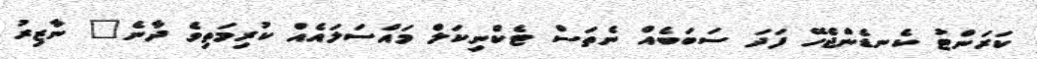
ކަރަންޓު ކެނޑެންޖެހޭ ފަދަ ސަބަބެއް ނެތަސް ޓެކްނިކަލް މައްސަލައެއް ކުރިމަތިވެ ދާނެ" ނާޒިރު